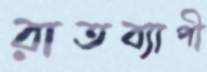
রাতব্যাপী